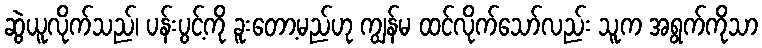
ဆွဲယူလိုက်သည်၊ ပန်းပွင့်ကို ခူးတော့မည်ဟု ကျွန်မ ထင်လိုက်သော်လည်း သူက အရွက်ကိုသာ